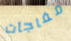
مفاجآت